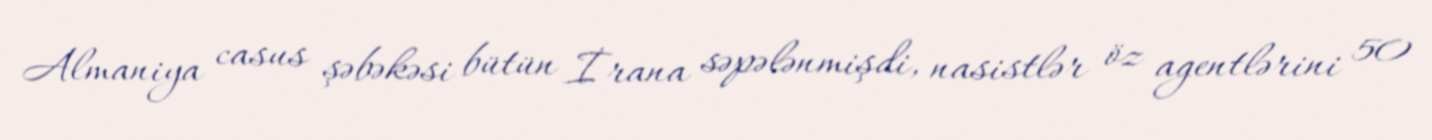
Almaniya casus şəbəkəsi bütün İrana səpələnmişdi, nasistlər öz agentlərini 50